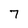
Character: 7